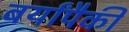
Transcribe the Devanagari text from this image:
बर्यांपैकी